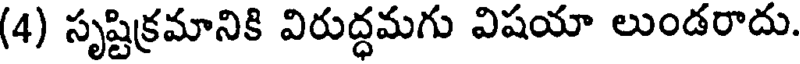
(4) సృష్టిక్రమానికి విరుద్ధమగు విషయా లుండరాదు.